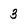
Character: 3